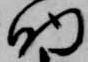
助